Problem: 8 × 8 = ?
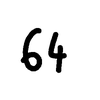
Handwritten answer: 64